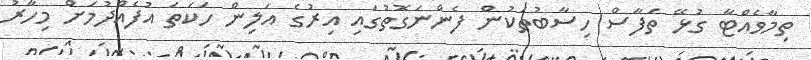
ތިމާވެއްޓާ ގުޅޭ ތަފާސް ހިސާބުތަކުން ފެންނަގޮތުގައި އިރުގެ އަލިން ހަކަތަ އުފެއްދުމަށް މިހާރު